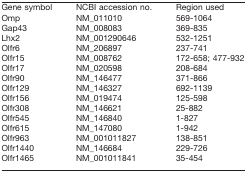
| Gene symbol | NCBI accession no. | Region used |
 | --- | --- | --- |
 | Omp | NM_011010 | 569-1064 |
 | Gap43 | NM_008083 | 369-835 |
 | Lhx2 | NM_001290646 | 532-1251 |
 | Olfr6 | NM_206897 | 237-741 |
 | Olfr15 | NM_008762 | 172-658; 477-932 |
 | Olfr17 | NM_020598 | 208-684 |
 | Olfr90 | NM_146477 | 371-866 |
 | Olfr129 | NM_146327 | 692-1139 |
 | Olfr156 | NM_019474 | 125-598 |
 | Olfr308 | NM_146621 | 25-882 |
 | Olfr545 | NM_146840 | 1-827 |
 | Olfr615 | NM_147080 | 1-942 |
 | Olfr963 | NM_001011827 | 138-851 |
 | Olfr1440 | NM_146684 | 229-726 |
 | Olfr1465 | NM_001011841 | 35-454 |